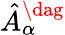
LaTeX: \hat{A}_{\alpha}^{\dag}